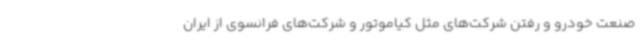
صنعت خودرو و رفتن شرکت‌های مثل کیاموتور و شرکت‌های فرانسوی از ایران